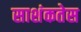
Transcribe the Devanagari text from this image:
साशंकतेस